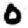
Digit: 0